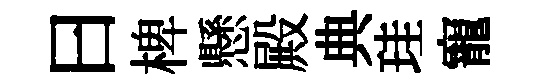
曰椑懸殿典珪寵